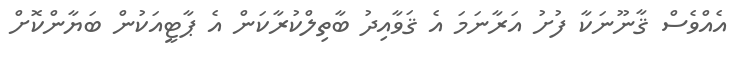
އެއްވެސް ޤާނޫނަކާ ފުށު އަރާނަމަ އެ ޤަވާއިދު ބާތިލްކުރާކަން އެ ޕާޓީއަކުން ބަޔާންކޮށް